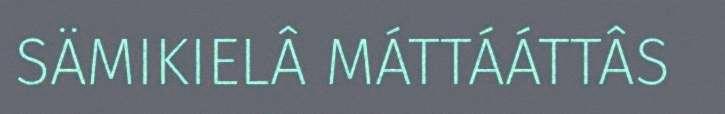
SÄMIKIELÂ MÁTTÁÁTTÂS